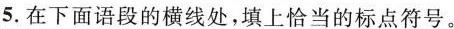
5.在下面语段的横线处，填上恰当的标点符号。